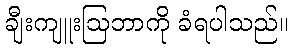
ချီးကျူးဩဘာကို ခံရပါသည်။